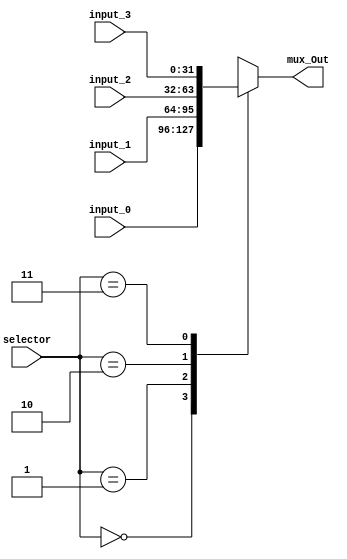
module Mux_4_Bit( 
  input_0,
  input_1,
  input_2,
  input_3,
  selector,
  mux_Out
  );

  parameter DATA_WIDTH = 32;
  input [DATA_WIDTH -1:0] input_0;               
  input [DATA_WIDTH -1:0] input_1;  
  input [DATA_WIDTH -1:0] input_2;               
  input [DATA_WIDTH -1:0] input_3;                
  input [1:0]selector;              
  output reg [DATA_WIDTH -1:0] mux_Out;
                     
  always @ (*) begin
    case (selector)
      2'b00 : 
        mux_Out = input_0;
      2'b01 : 
        mux_Out = input_1;
      2'b10 : 
        mux_Out = input_2;
      2'b11 : 
        mux_Out = input_3;
      default : 
        mux_Out = 32'bx; 
    endcase
  end
    
endmodule